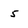
Character: 5